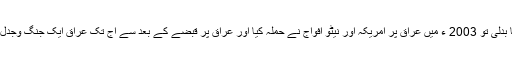
گیارہ ستمبر کے بعد دنیا بدلی تو 2003 ء میں عراق پر امریکہ اور نیٹو افواج نے حملہ کیا اور عراق پر قبضے کے بعد سے آج تک عراق ایک جنگ وجدل کا آتش فشاں بنا ہوا ہے۔